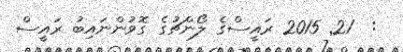
:  21